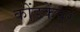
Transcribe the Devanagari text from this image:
कोंडकेंवर